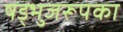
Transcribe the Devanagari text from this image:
षड्भुजरूपका